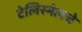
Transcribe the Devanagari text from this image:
टेलिस्मेलचे